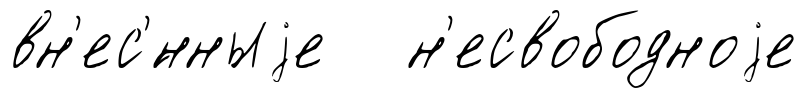
вн'ес'́нныjе н'есвободноjе